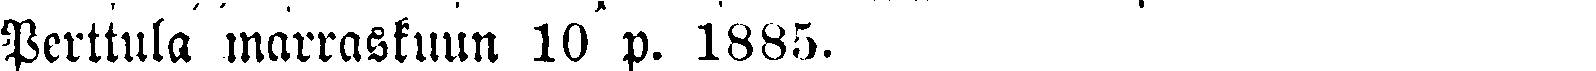
Perttula marraskuun 10 p. 1885.